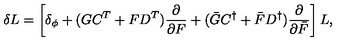
\delta L = \left[ \delta _ { \phi } + ( G C ^ { T } + F D ^ { T } ) \frac { \partial } { \partial F } + ( \bar { G } C ^ { \dagger } + \bar { F } D ^ { \dagger } ) \frac { \partial } { \partial \bar { F } } \right] L ,